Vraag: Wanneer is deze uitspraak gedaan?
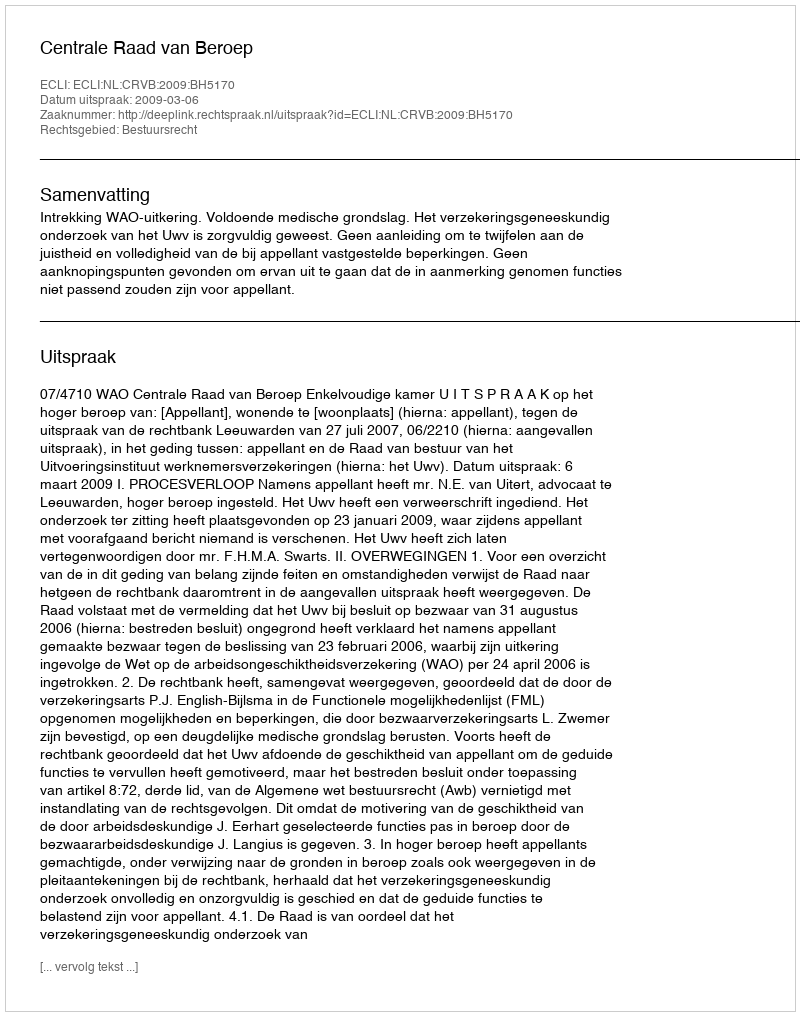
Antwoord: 2009-03-06